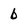
Character: b